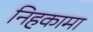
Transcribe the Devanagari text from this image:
निहकामा